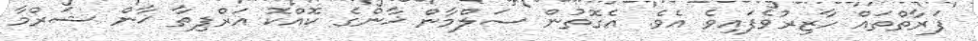
ފަރާތްތައް ހާޒިރުވެފައިވެ އެވެ. އެގޮތުން ސަލްމާން ޚާންގެ ކޮއްކޮ އަރްޕިތާ ޚާން ޝަރްމާ